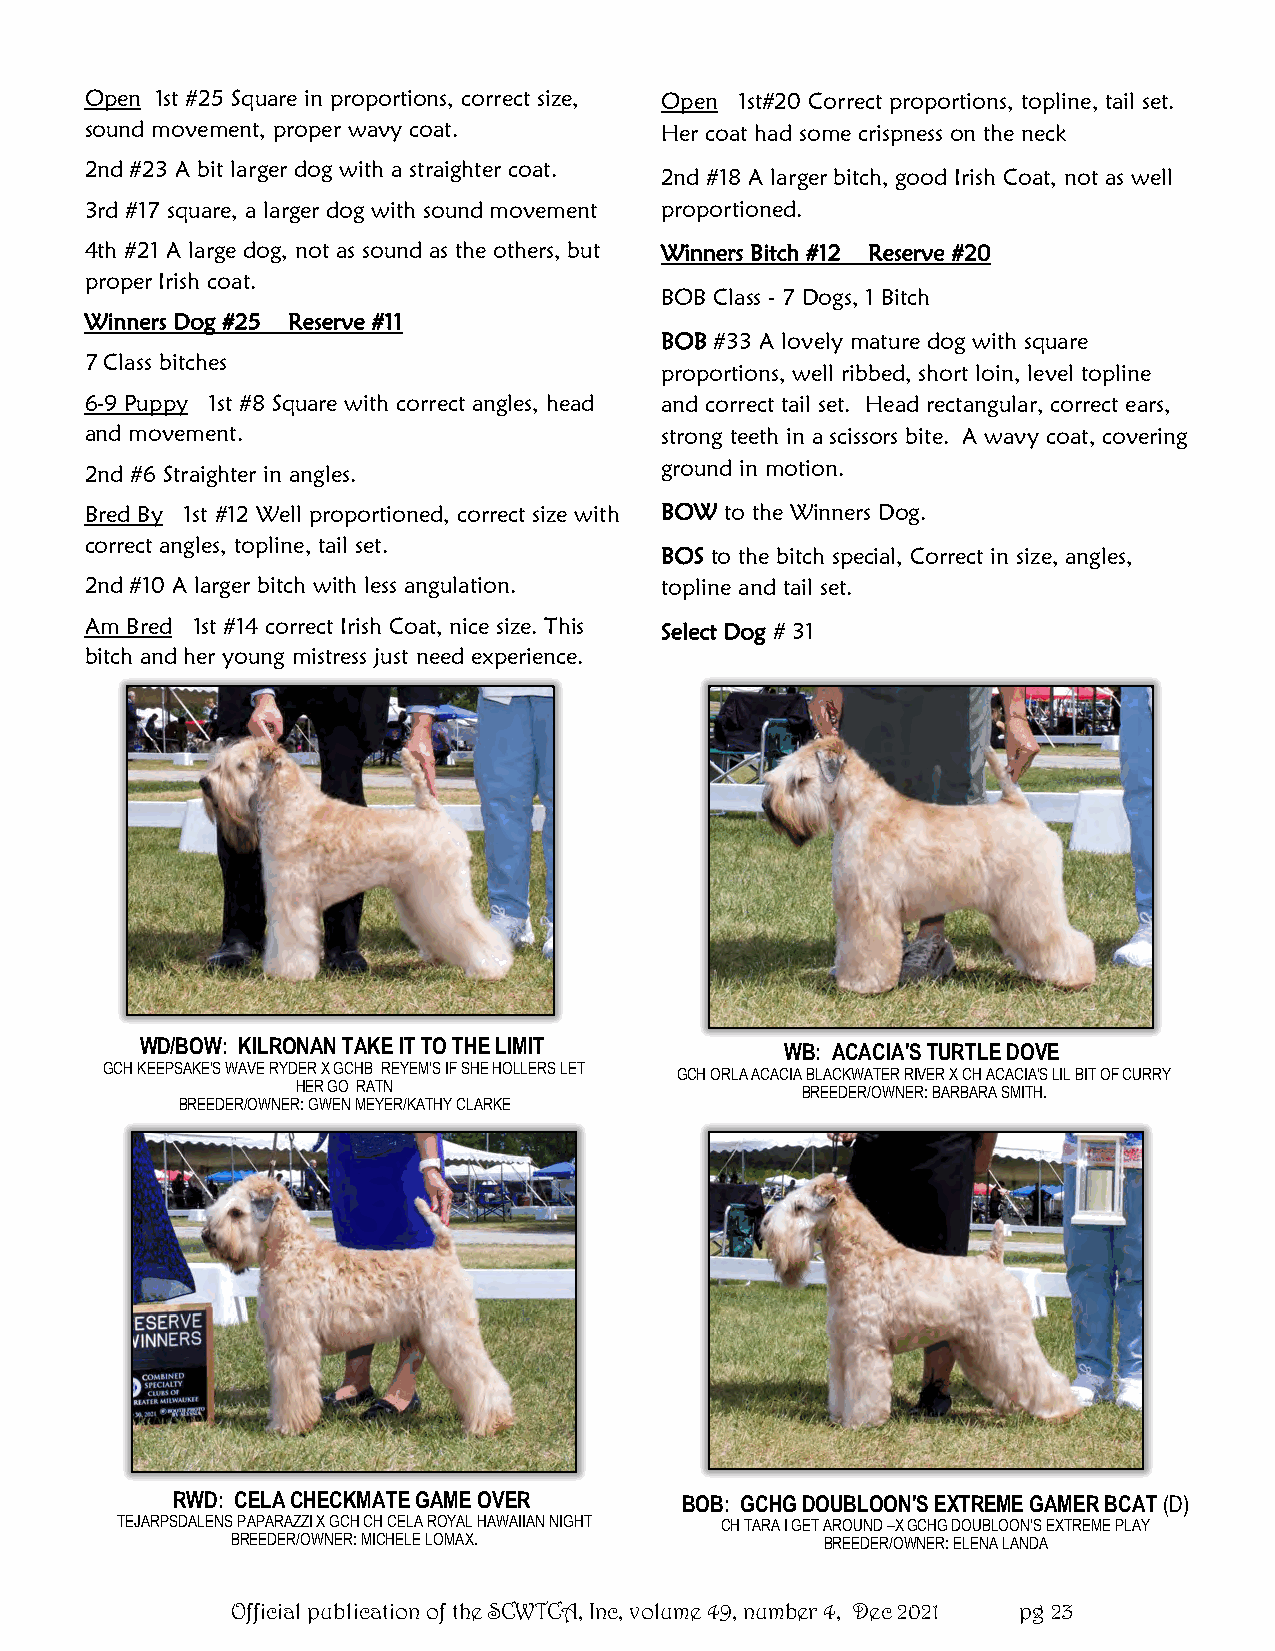
Open 1st #25 Square in proportions, correct size, Open 1st#20 Correct proportions, topline, tail set.
 sound movement, proper wavy coat.     Her coat had some crispness on the neck
 2nd #23 A bit larger dog with a straighter coat.
 2nd #18 A larger bitch, good Irish Coat, not as well
 3rd #17 square, a larger dog with sound movement proportioned.
 4th #21 A large dog, not as sound as the others, but Winners Bitch #12 Reserve #20
 proper Irish coat.
 BOB Class - 7 Dogs, 1 Bitch
 Winners Dog #25 Reserve #11
 BOB #33 A lovely mature dog with square
 7 Class bitches
 proportions, well ribbed, short loin, level topline
 6-9 Puppy 1st #8 Square with correct angles, head and correct tail set. Head rectangular, correct ears,
 and movement.                         strong teeth in a scissors bite. A wavy coat, covering
 2nd #6 Straighter in angles.          ground in motion.
 Bred By 1st #12 Well proportioned, correct size with BOW to the Winners Dog.
 correct angles, topline, tail set.
 BOS to the bitch special, Correct in size, angles,
 2nd #10 A larger bitch with less angulation. topline and tail set.
 Am Bred 1st #14 correct Irish Coat, nice size. This Select Dog # 31
 bitch and her young mistress just need experience.
 WD/BOW: KILRONAN TAKE IT TO THE LIMIT      WB: ACACIA'S TURTLE DOVE
 GCH KEEPSAKE'S WAVE RYDER X GCHB REYEM'S IF SHE HOLLERS LET GCH ORLA ACACIA BLACKWATER RIVER X CH ACACIA'S LIL BIT OF CURRY
 HER GO RATN                      BREEDER/OWNER: BARBARA SMITH.
 BREEDER/OWNER: GWEN MEYER/KATHY CLARKE
 RWD: CELA CHECKMATE GAME OVER     BOB: GCHG DOUBLOON'S EXTREME GAMER BCAT (D)
 TEJARPSDALENS PAPARAZZI X GCH CH CELA ROYAL HAWAIIAN NIGHT CH TARA I GET AROUND –X GCHG DOUBLOON'S EXTREME PLAY
 BREEDER/OWNER: MICHELE LOMAX.           BREEDER/OWNER: ELENA LANDA
 Official publication of the SCWTCA, Inc, volume 49, number 4, Dec 2021 pg 23